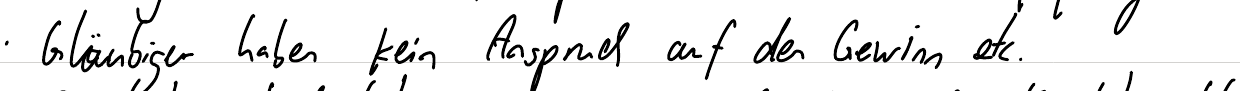
Gläubiger haben kein Anspruch auf den Gewinn etc.